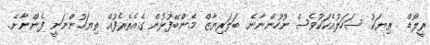
ރީލޯޑް . ތިޔަކު ސަހަލުއެކަކުވެސް ނުހުންނާނެ. ބަލަރިޔާޒް މެންބޭފުޅުން ގެއެތެރެފުއް ތިޔަހުންނަނީ ފެންނާށެ.